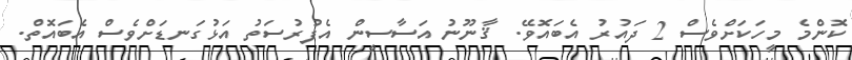
ކޮންމެ މީހަކަށްވެސް 2 ދައުރު އެބައޮވޭ. ޤާނޫނު އަސާސީން އެފުރުސަތު އަޅުގަނޑަށްވެސް އެބައޮތް.